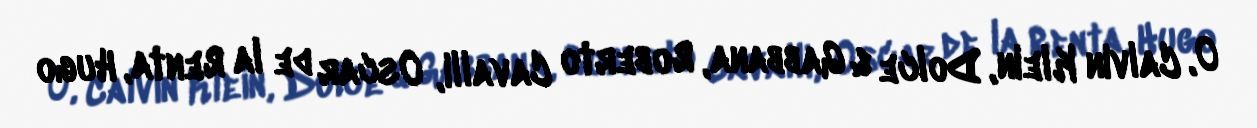
O, Calvin Klein, Dolce & Gabbana, Roberto Cavalli, Oscar de la Renta, Hugo